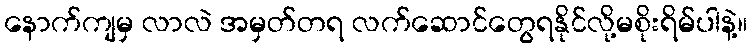
နောက်ကျမှ လာလဲ အမှတ်တရ လက်ဆောင်တွေရနိုင်လို့မစိုးရိမ်ပါနဲ့။